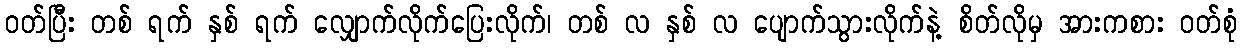
ဝတ်ပြီး တစ် ရက် နှစ် ရက် လျှောက်လိုက်ပြေးလိုက်၊ တစ် လ နှစ် လ ပျောက်သွားလိုက်နဲ့ စိတ်လိုမှ အားကစား ဝတ်စုံ